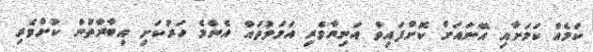
ކަމެއް ކަމަށާއި އޭނައަށް ކޮށްފައިވާ އަނިޔާވެރި އަމަލުތައް އެންމެ ހަރުކަށި އިބާރާތުން ކުށްވެރި